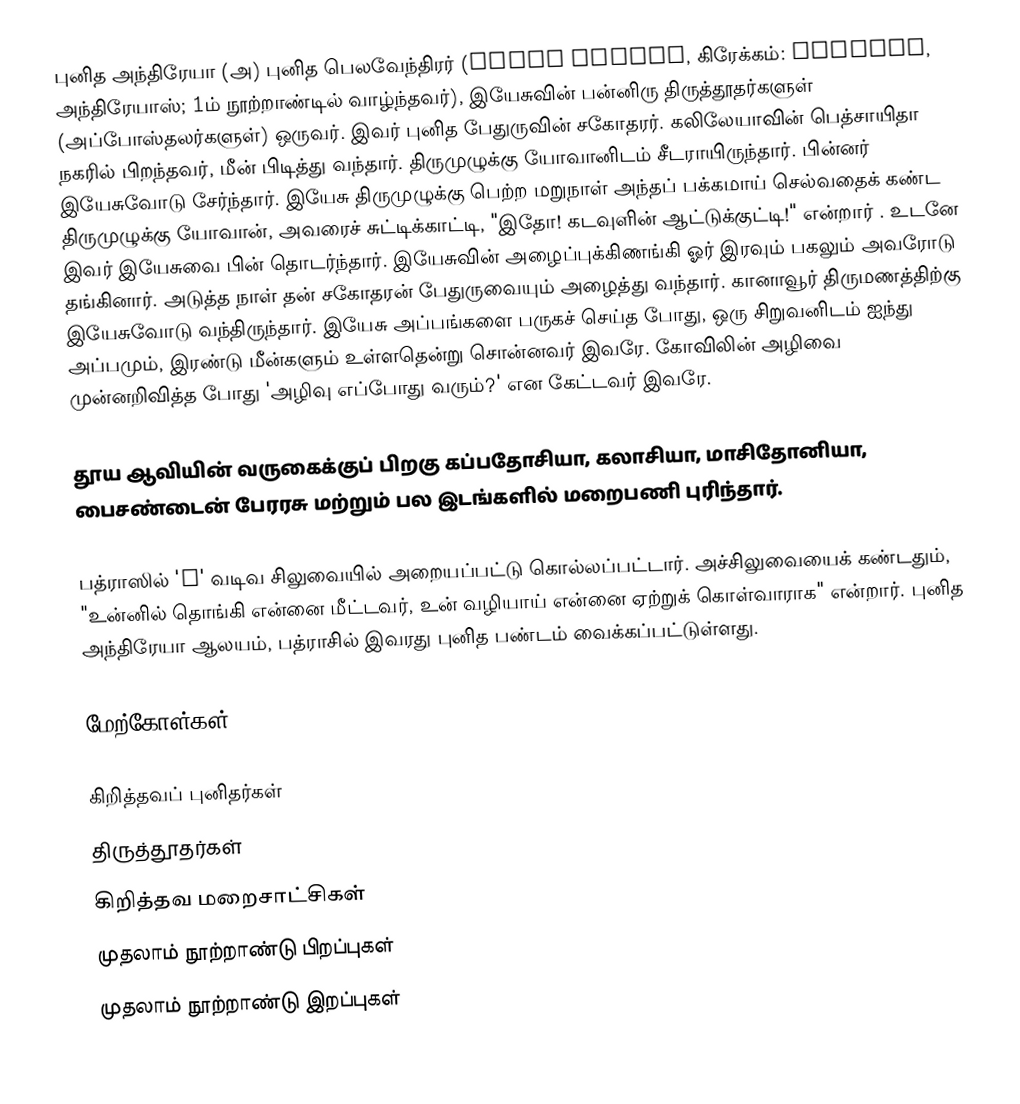
புனித அந்திரேயா (அ) புனித பெலவேந்திரர் (Saint Andrew, கிரேக்கம்: Ἀνδρέας, அந்திரேயாஸ்; 1ம் நூற்றாண்டில் வாழ்ந்தவர்), இயேசுவின் பன்னிரு திருத்தூதர்களுள் (அப்போஸ்தலர்களுள்) ஒருவர். இவர் புனித பேதுருவின் சகோதரர். கலிலேயாவின் பெத்சாயிதா நகரில் பிறந்தவர், மீன் பிடித்து வந்தார். திருமுழுக்கு யோவானிடம் சீடராயிருந்தார். பின்னர் இயேசுவோடு சேர்ந்தார். இயேசு திருமுழுக்கு பெற்ற மறுநாள் அந்தப் பக்கமாய் செல்வதைக் கண்ட திருமுழுக்கு யோவான், அவரைச் சுட்டிக்காட்டி, "இதோ! கடவுளின் ஆட்டுக்குட்டி!" என்றார் . உடனே இவர் இயேசுவை பின் தொடர்ந்தார். இயேசுவின் அழைப்புக்கிணங்கி ஓர் இரவும் பகலும் அவரோடு தங்கினார். அடுத்த நாள் தன் சகோதரன் பேதுருவையும் அழைத்து வந்தார். கானாவூர் திருமணத்திற்கு இயேசுவோடு வந்திருந்தார். இயேசு அப்பங்களை பருகச் செய்த போது, ஒரு சிறுவனிடம் ஐந்து அப்பமும், இரண்டு மீன்களும் உள்ளதென்று சொன்னவர் இவரே. கோவிலின் அழிவை முன்னறிவித்த போது 'அழிவு எப்போது வரும்?' என கேட்டவர் இவரே.

தூய ஆவியின் வருகைக்குப் பிறகு கப்பதோசியா, கலாசியா, மாசிதோனியா, பைசண்டைன் பேரரசு மற்றும் பல இடங்களில் மறைபணி புரிந்தார்.

பத்ராஸில் 'X' வடிவ சிலுவையில் அறையப்பட்டு கொல்லப்பட்டார். அச்சிலுவையைக் கண்டதும், "உன்னில் தொங்கி என்னை மீட்டவர், உன் வழியாய் என்னை ஏற்றுக் கொள்வாராக" என்றார். புனித அந்திரேயா ஆலயம், பத்ராசில் இவரது புனித பண்டம் வைக்கப்பட்டுள்ளது.

மேற்கோள்கள்

கிறித்தவப் புனிதர்கள்
திருத்தூதர்கள்
கிறித்தவ மறைசாட்சிகள்
முதலாம் நூற்றாண்டு பிறப்புகள்
முதலாம் நூற்றாண்டு இறப்புகள்